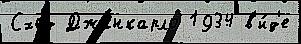
Сход Джанкарло 1934 в'и́д'е